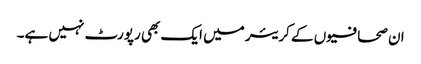
ان صحافیوں کے کریئر میں ایک بھی رپورٹ نہیں ہے۔